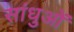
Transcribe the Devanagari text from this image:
सांधुओं